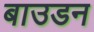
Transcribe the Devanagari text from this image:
बाउडन